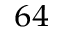
^ { 6 4 }